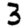
Digit: 3